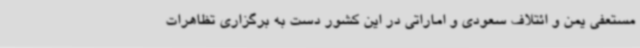
مستعفی یمن و ائتلاف سعودی و اماراتی در این کشور دست به برگزاری تظاهرات